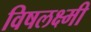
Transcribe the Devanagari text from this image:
विषलक्ष्मी